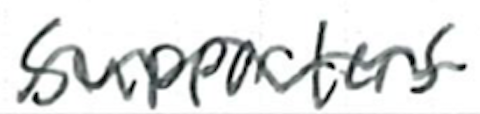
Text: supporters
Cross-out: wave
Writing tool: ballpoint